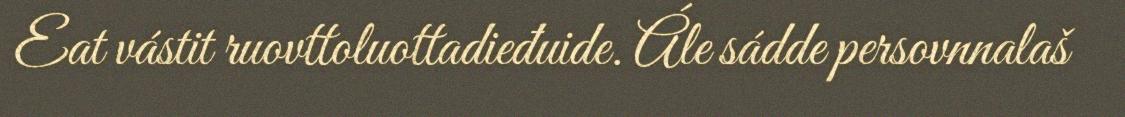
​Eat vástit ruovttoluottadieđuide. Ále sádde persovnnalaš